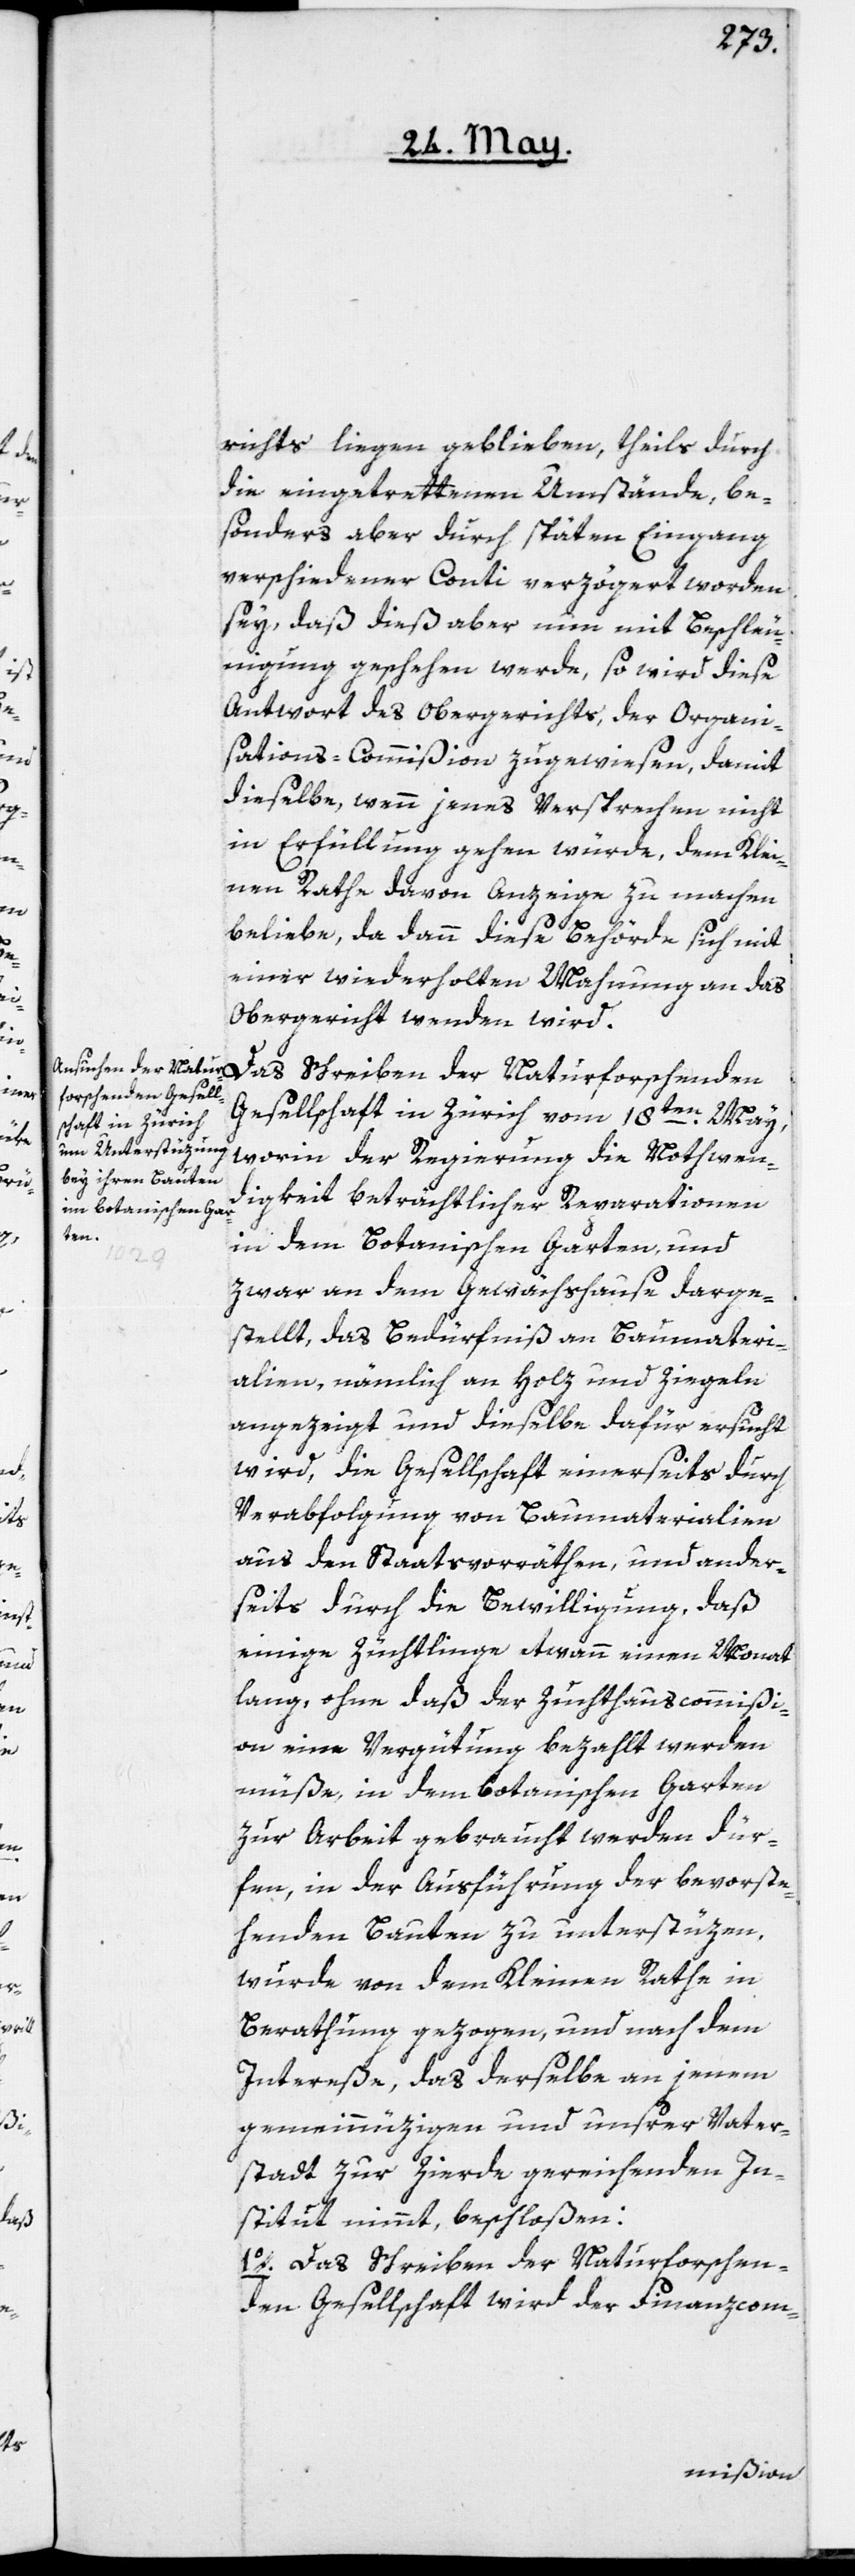
richts liegen geblieben, theils durch
die eingetrettenen Umstände, be¬
sonders aber durch späten Eingang
verschiedener Conti verzögert worden
sey, daß dieß aber nun mit Beschleu¬
nigung geschehen werde, so wird diese
Antwort des Obergerichts, der Organi¬
sations-Commißion zugewiesen, damit
dieselbe, wenn jenes Versprechen nicht
in Erfüllung gehen würde, dem Klei¬
nen Rathe davon Anzeige zu machen
beliebe, da dann diese Behörde sich mit
einer wiederholten Mahnung an das
Obergericht wenden wird.
Das Schreiben der Naturforschenden
Gesellschaft in Zürich vom 18ten May,
worin der Regierung die Nothwen¬
digkeit beträchtlicher Reparationen
in dem Botanischen Garten, und
zwar an dem Gewächshause darge¬
stellt, das Bedürfniß an Baumateri¬
alien, nämlich an Holz und Ziegeln
angezeigt und dieselbe dafür ersucht
wird, die Gesellschaft einerseits durch
Verabfolgung von Baumaterialien
aus den Staatsvorräthen, und ander¬
seits durch die Bewilligung, daß
einige Züchtlinge etwann einen Monat
lang, ohne daß der Zuchthauscommißi¬
on eine Vergütung bezahlt werden
müße, in dem botanischen Garten
zur Arbeit gebraucht werden dür¬
fen, in der Ausführung der bevorste¬
henden Bauten zu unterstüzen,
wurde von dem Kleinen Rathe in
Berathung gezogen, und nach dem
Intereße, das derselbe an jenem
gemeinnüzigen und unserer Vater¬
stadt zur Zierde gereichenden In¬
stitut nimmt, beschloßen:
1o. Das Schreiben der Naturforschen¬
den Gesellschaft wird der Finanzcom-